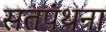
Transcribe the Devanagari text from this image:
सतपंथना